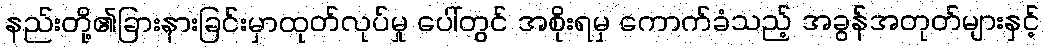
နည်းတို့၏ခြားနားခြင်းမှာထုတ်လုပ်မှု ပေါ်တွင် အစိုးရမှ ကောက်ခံသည့် အခွန်အတုတ်များနှင့်